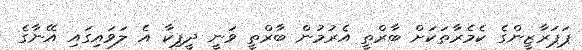
ޕަޕަރާޒީންގެ ކެމެރާތަކަށް ބާރްތީ އެރުމުން ބާރްތީ ވަނީ ދީޕިކާ އެ ލަވައިގައި އޭނާގެ